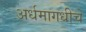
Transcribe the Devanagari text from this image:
अर्धमागधीचे